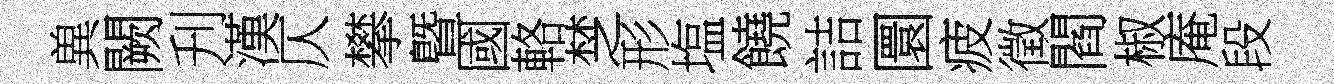
兾闕刋漢仄攀曁國輅椘形塩饒詰圜疲徵閻椒庵段